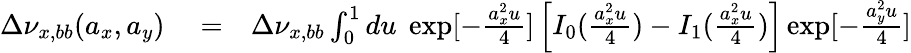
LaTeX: \begin{array}{rlr}{\Delta\nu_{x,bb}(a_{x},a_{y})}&{{}=}&{\Delta\nu_{x,bb}\int_{0}^{1}du\; \exp[-\frac{a_{x}^{2}u}{4}]\left[I_{0}(\frac{a_{x}^{2}u}{4})-I_{1}(\frac{a_{x}^{2}u}{4})\right]\exp[-\frac{a_{y}^{2}u}{4}]}\end{array}